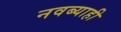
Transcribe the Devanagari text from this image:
नवब्याही